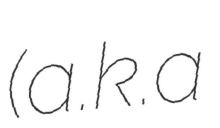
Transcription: (a.k.a